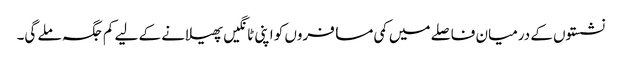
نشستوں کے درمیان فاصلے میں کمی مسافروں کو اپنی ٹانگیں پھیلانے کے لیے کم جگہ ملے گی۔